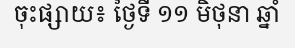
ចុះផ្សាយ៖ ថ្ងៃទី ១១ មិថុនា ឆ្នាំ